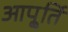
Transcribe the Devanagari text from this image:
आपू्र्ति